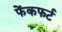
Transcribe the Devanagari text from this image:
फेंकफर्ट